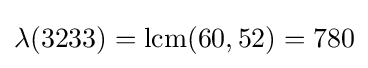
\lambda (3233)=\operatorname {lcm} (60,52)=780